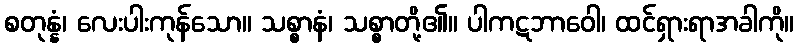
စတုန္နံ၊ လေးပါးကုန်သော။ သစ္စာနံ၊ သစ္စာတို့၏။ ပါကဋဘာဝေါ၊ ထင်ရှားရာအခါကို။